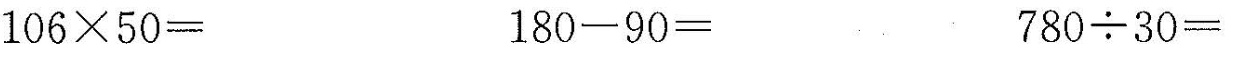
$$1 0 6 \times 5 0 =$$ $$1 8 0 - 9 0 =$$ $$7 8 0 \div 3 0=$$